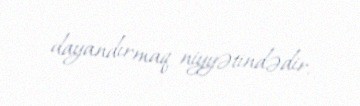
dayandırmaq niyyətindədir.